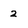
Character: 2